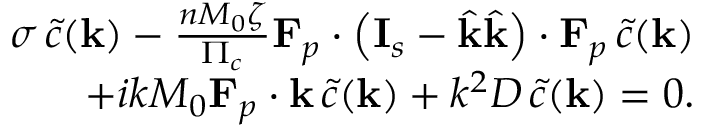
\begin{array} { r } { \sigma \, \tilde { c } ( \mathbf { k } ) - \frac { n M _ { 0 } \zeta } { \Pi _ { c } } \mathbf { F } _ { p } \boldsymbol { \cdot } \left( \mathbf { I } _ { s } - \hat { \mathbf { k } } \hat { \mathbf { k } } \right) \boldsymbol { \cdot } \mathbf { F } _ { p } \, \tilde { c } ( \mathbf { k } ) } \\ { + i k M _ { 0 } \mathbf { F } _ { p } \boldsymbol { \cdot } \mathbf { k } \, \tilde { c } ( \mathbf { k } ) + k ^ { 2 } D \, \tilde { c } ( \mathbf { k } ) = 0 . } \end{array}